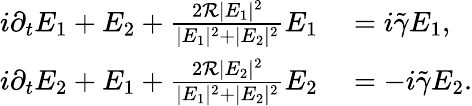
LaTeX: \begin{array}{rl}{i\partial_{t}E_{1}+E_{2}+\frac{2\mathcal R|E_{1}|^{2}}{|E_{1}|^{2}+|E_{2}|^{2}}E_{1}}&{{}=i\tilde{\gamma}E_{1},}\\ {i\partial_{t}E_{2}+E_{1}+\frac{2\mathcal R|E_{2}|^{2}}{|E_{1}|^{2}+|E_{2}|^{2}}E_{2}}&{{}=-i\tilde{\gamma}E_{2}.}\end{array}